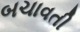
બચાવતી